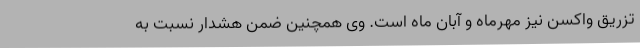
تزریق واکسن نیز مهرماه و آبان ماه است. وی همچنین ضمن هشدار نسبت به